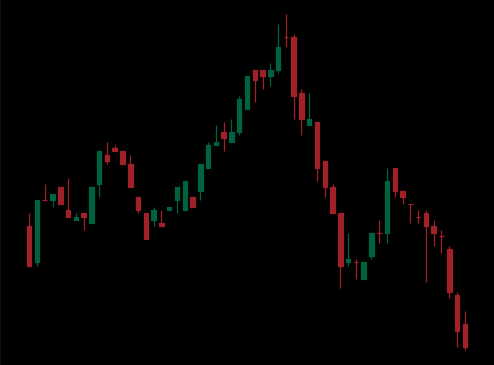
Pattern: head_shoulders